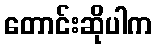
တောင်းဆိုပါက